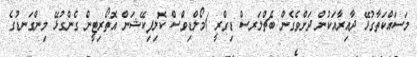
މަސައްކަތާގުޅޭ ދާއިރާއަކުން ދަށްވެގެން ބެޗްލަރސް ޑިގްރީ )މޯލްޑިވްސް ކޮލިފިކޭޝަން އޮތޯރިޓީން ގެންގުޅޭ މިންގަނޑުގެ